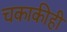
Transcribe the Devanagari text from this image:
चकाकीही